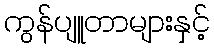
ကွန်ပျူတာများနှင့်